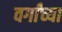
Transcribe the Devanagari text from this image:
वर्गांच्‍या